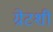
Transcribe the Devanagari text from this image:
ग्रेटशी